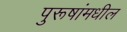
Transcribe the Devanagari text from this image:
पुरूषांमधील